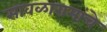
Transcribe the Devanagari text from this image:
सावळारामांचे